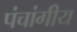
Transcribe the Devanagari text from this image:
पंचांगीय